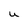
Character: u